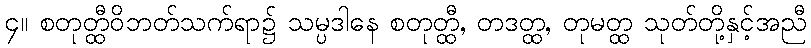
၄။ စတုတ္ထီဝိဘတ်သက်ရာ၌ သမ္ပဒါနေ စတုတ္ထီ, တဒတ္ထ, တုမတ္ထ သုတ်တို့နှင့်အညီ